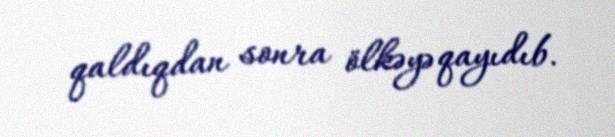
qaldıqdan sonra ölkəyə qayıdıb.